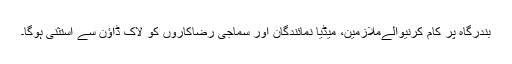
بندرگاہ پر کام کرنیوالےملازمین، میڈیا نمائندگان اور سماجی رضاکاروں کو لاک ڈاؤن سے استثنی ہوگا۔